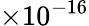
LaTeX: \times 10^{-16}